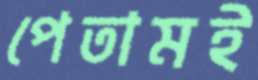
পেতামই